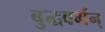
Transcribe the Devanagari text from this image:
बुद्धवर्मन्